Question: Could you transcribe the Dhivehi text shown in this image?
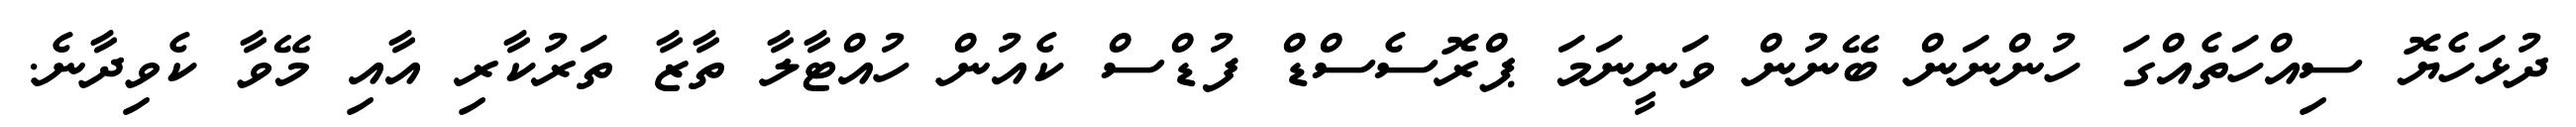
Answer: ދުޅަހެޔޮ ސިއްހަތެއްގަ ހުންނަން ބޭނުން ވަނީނަމަ ޕްރޮސެސްޑް ފުޑްސް ކެއުން ހުއްޓާލާ ތާޒާ ތަރުކާރި އާއި މޭވާ ކެވިދާނެ.